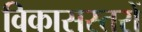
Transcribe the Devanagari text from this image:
विकासस्तरों